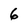
Character: 6